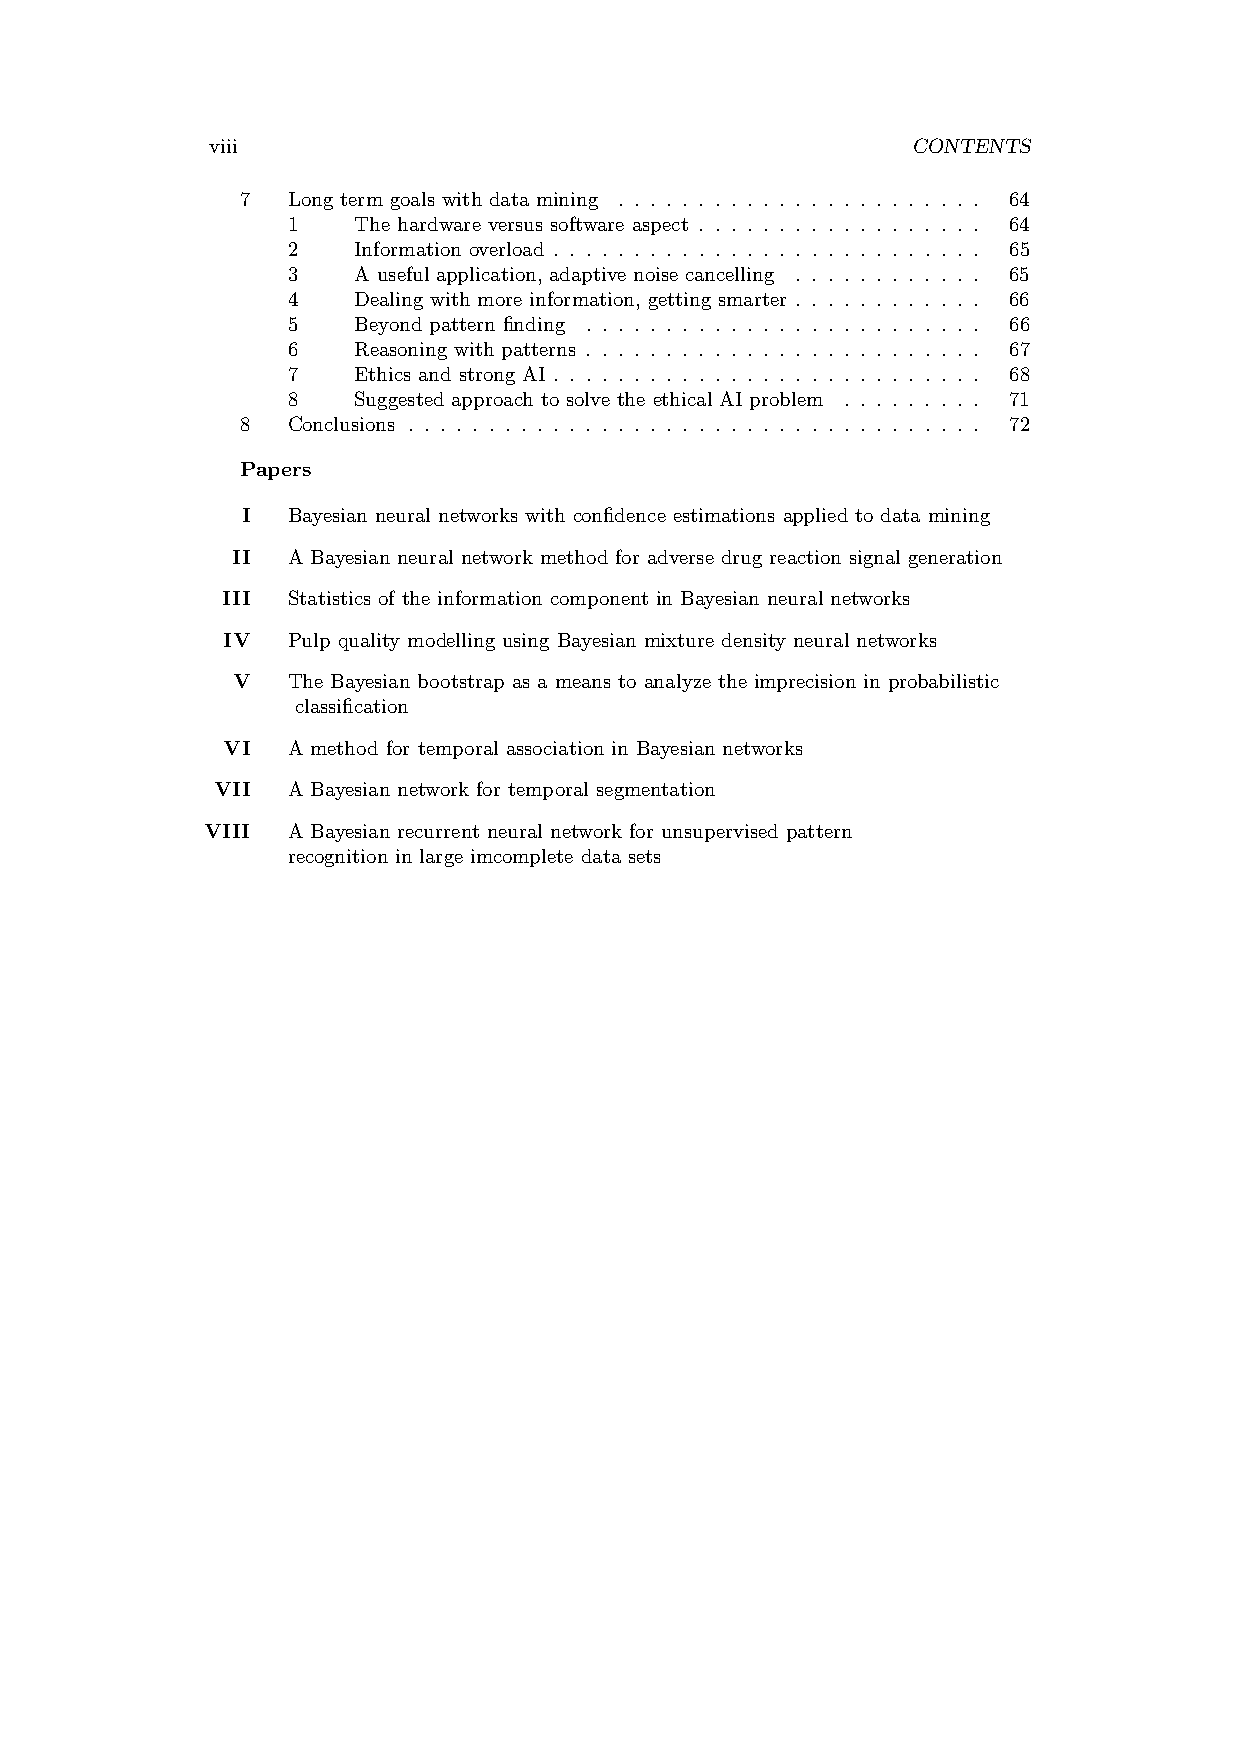
viii                                          CONTENTS
 7  Long term goals with data mining . . . . . . . . . . . . . . . . . . . . . . . 64
 1   The hardware versus software aspect . . . . . . . . . . . . . . . . . . 64
 2   Information overload . . . . . . . . . . . . . . . . . . . . . . . . . . . 65
 3   A useful application, adaptive noise cancelling . . . . . . . . . . . . 65
 4   Dealing with more information, getting smarter . . . . . . . . . . . . 66
 5   Beyond pattern finding . . . . . . . . . . . . . . . . . . . . . . . . . 66
 6   Reasoning with patterns . . . . . . . . . . . . . . . . . . . . . . . . . 67
 7   Ethics and strong AI . . . . . . . . . . . . . . . . . . . . . . . . . . . 68
 8   Suggested approach to solve the ethical AI problem . . . . . . . . . 71
 8  Conclusions . . . . . . . . . . . . . . . . . . . . . . . . . . . . . . . . . . . . 72
 Papers
 I  Bayesian neural networks with confidence estimations applied to data mining
 II  A Bayesian neural network method for adverse drug reaction signal generation
 III Statistics of the information component in Bayesian neural networks
 IV  Pulp quality modelling using Bayesian mixture density neural networks
 V   The Bayesian bootstrap as a means to analyze the imprecision in probabilistic
 classification
 VI  A method for temporal association in Bayesian networks
 VII  A Bayesian network for temporal segmentation
 VIII A Bayesian recurrent neural network for unsupervised pattern
 recognition in large imcomplete data sets